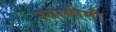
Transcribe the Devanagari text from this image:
स्वामीसी